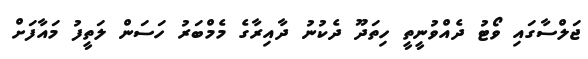
ޖަލްސާގައި ވޯޓު ދެއްވުނީތީ ހިތަދޫ ދެކުނު ދާއިރާގެ މެމްބަރު ހަސަން ލަތީފު މައާފަށް